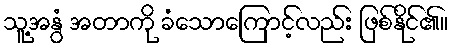
သူ့အနွံ အတာကို ခံသောကြောင့်လည်း ဖြစ်နိုင်၏။